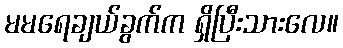
မမရေချယ်ခွက်က ရှိပြီးသားလေ။